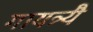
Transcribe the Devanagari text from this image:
गायत्र्यै